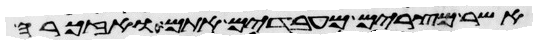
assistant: אשר מצרים מעבדים אתם ואזכרה